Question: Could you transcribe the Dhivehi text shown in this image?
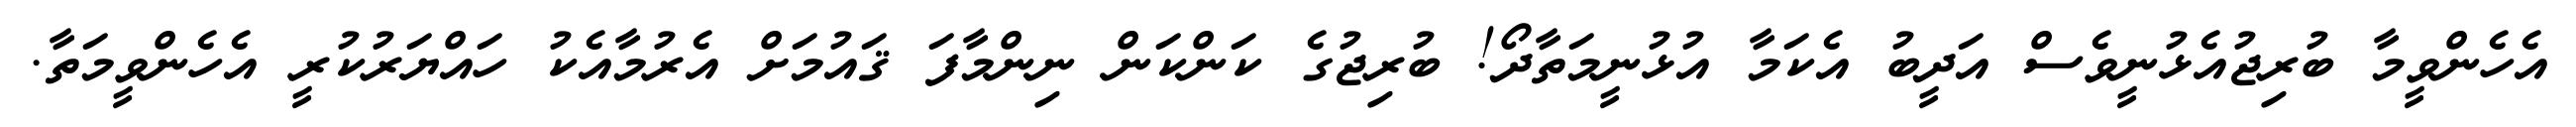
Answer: އެހެންވީމާ ބުރިޖުއެޅުނީވެސް އަދީބު އެކަމާ އުޅުނީމަތާދޯ! ބުރިޖުގެ ކަންކަން ނިންމާފަ ޤައުމަށް އެރުމާއެކު ހައްޔަރުކުރީ އެހެންވީމަތާ.